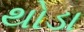
થોડા